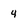
Character: 4